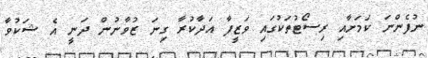
ނުފެންނަ ކަމަށާއި ރިސޯޓުތަކުގައި ވަޒީފާ އަދާކުރާ ގިނަ ޒުވާނުން ދަނީ އެ ޝަކުވާ